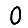
Digit: 0